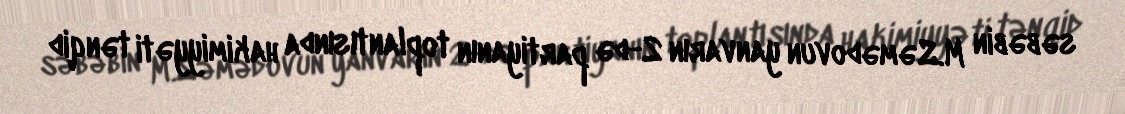
səbəbin M.Səmədovun yanvarın 2-də partiyanın toplantısında hakimiyyəti tənqid